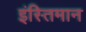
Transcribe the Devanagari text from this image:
इंस्तिमान